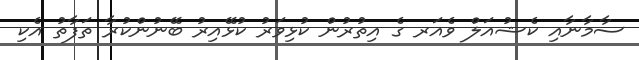
ސާމާނާއި ކެޝުއަލް ވެއަރ ގެ އިތުރުން ކުޅިވަރު ކުޅޭއިރު ބޭނުންކުރާ ތަފާތު އެކި